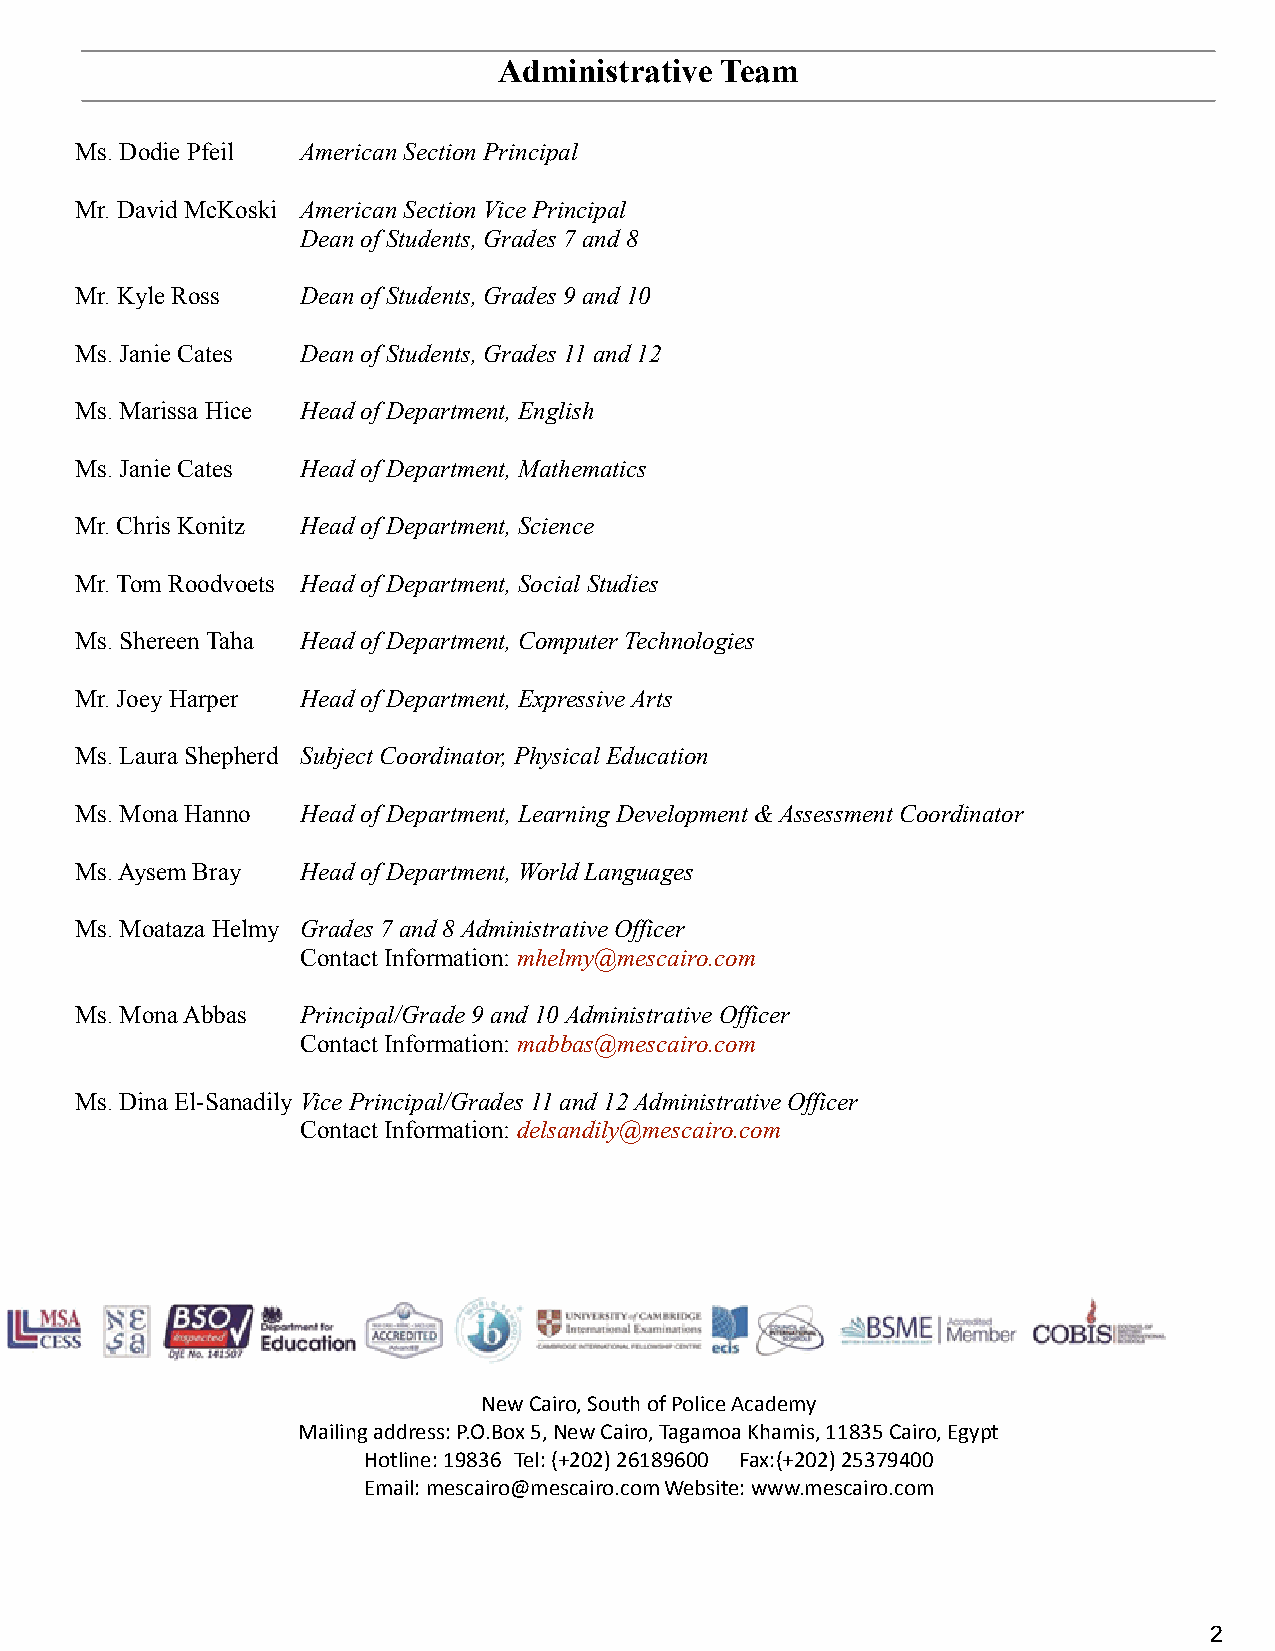
Administrative Team
 Ms. Dodie Pfeil American Section Principal
 Mr. David McKoski American Section Vice Principal
 Dean of Students, Grades 7 and 8
 Mr. Kyle Ross  Dean of Students, Grades 9 and 10
 Ms. Janie Cates Dean of Students, Grades 11 and 12
 Ms. Marissa Hice Head of Department, English
 Ms. Janie Cates Head of Department, Mathematics
 Mr. Chris Konitz Head of Department, Science
 Mr. Tom Roodvoets Head of Department, Social Studies
 Ms. Shereen Taha Head of Department, Computer Technologies
 Mr. Joey Harper Head of Department, Expressive Arts
 Ms. Laura Shepherd Subject Coordinator, Physical Education
 Ms. Mona Hanno Head of Department, Learning Development & Assessment Coordinator
 Ms. Aysem Bray Head of Department, World Languages
 Ms. Moataza Helmy Grades 7 and 8 Administrative Officer
 Contact Information:mhelmy@mescairo.com
 Ms. Mona Abbas Principal/Grade 9 and 10 Administrative Officer
 Contact Information:mabbas@mescairo.com
 Ms. Dina El-Sanadily Vice Principal/Grades 11 and12 Administrative Officer
 Contact Information:delsandily@mescairo.com
 New Cairo, South of Police Academy
 Mailing address: P.O.Box 5, New Cairo, Tagamoa Khamis, 11835 Cairo, Egypt
 Hotline: 19836 Tel: (+202) 26189600 Fax:(+202) 25379400
 Email: mescairo@mescairo.comWebsite: www.mescairo.com
 2